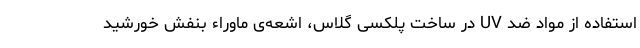
استفاده از مواد ضد UV در ساخت پلکسی گلاس، اشعه‌ی ماوراء بنفش خورشید